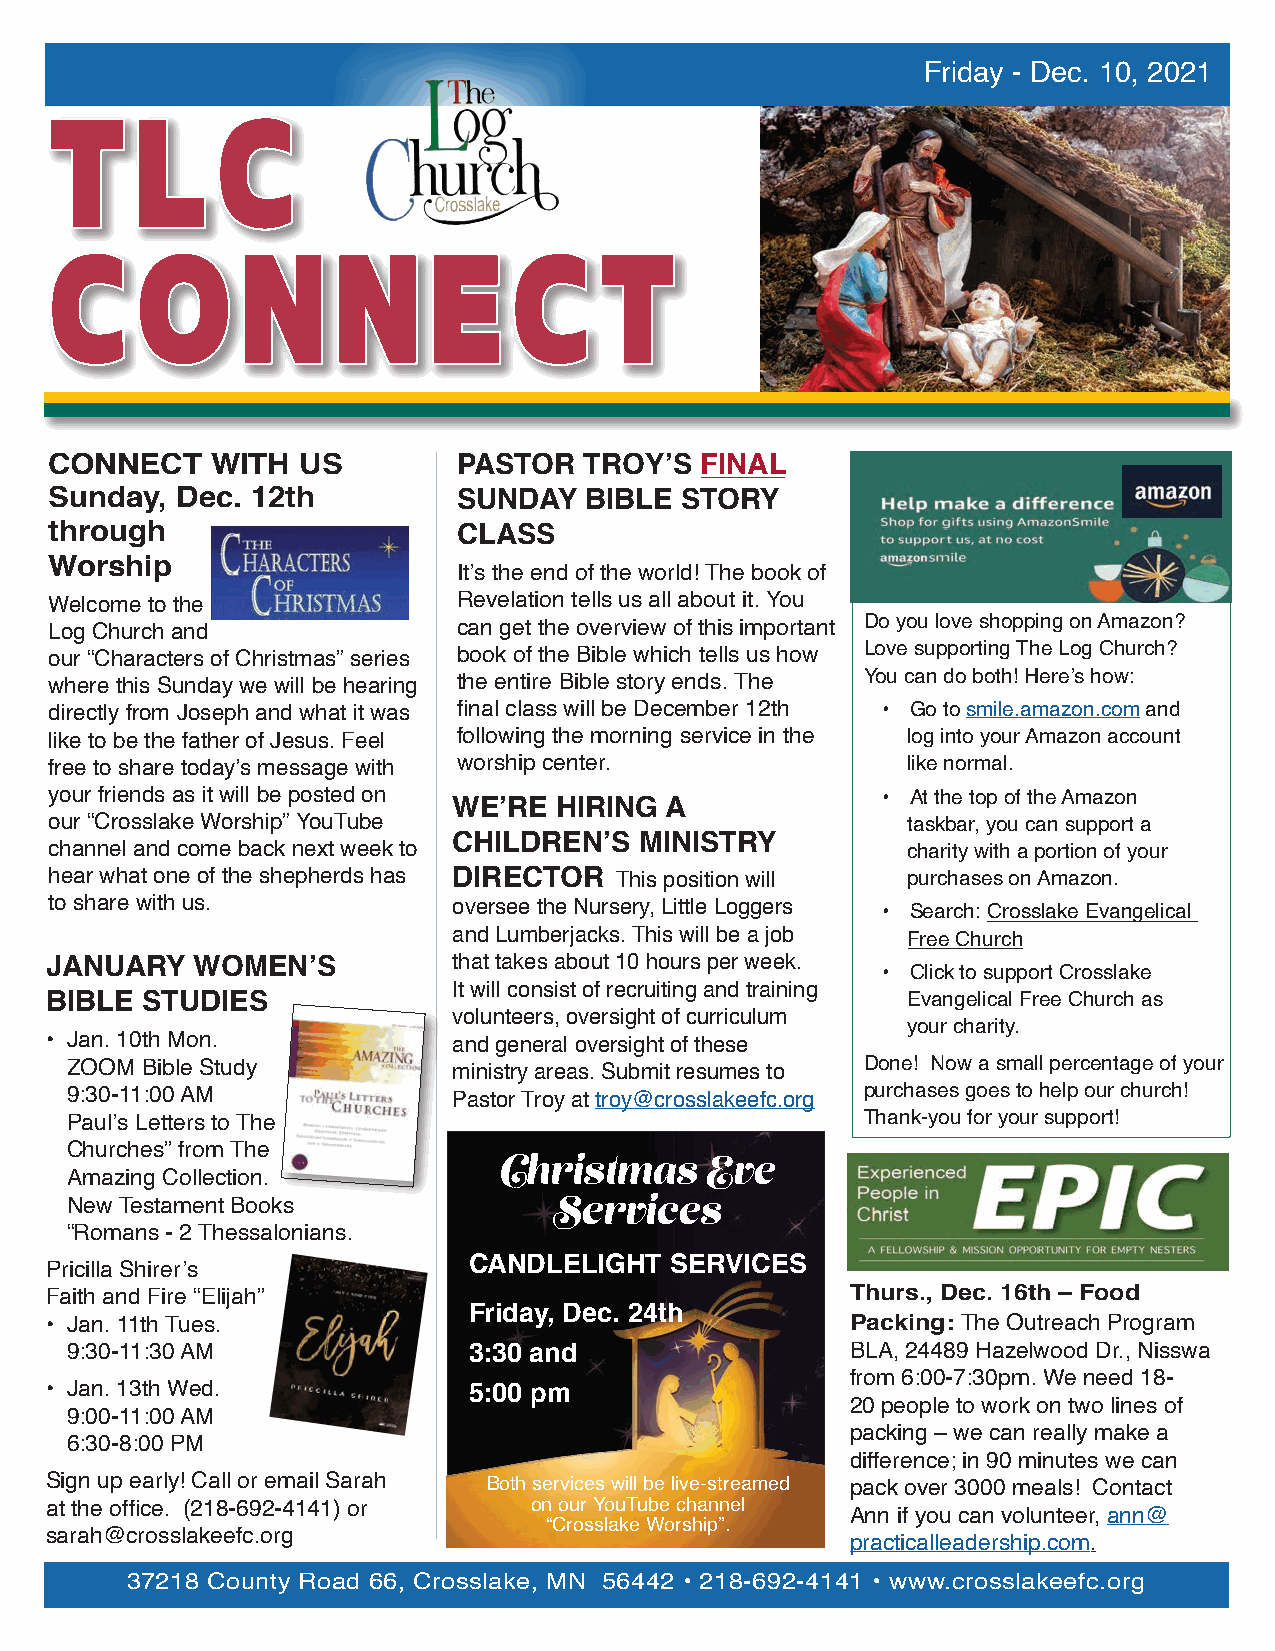
Friday - Dec. 10, 2021
 TT    LL   CC
 CC    OO     NN    NN    EE    CC    TT
 CONNECT    WITH  US        PASTOR   TROY’S FINAL
 Sunday,  Dec. 12th         SUNDAY   BIBLE STORY
 through                    CLASS
 Worship
 It’s the end of the world! The book of
 Welcome to the             Revelation tells us all about it. You
 Log Church and             can get the overview of this important Do you love shopping on Amazon?
 our “Characters of Christmas” series book of the Bible which tells us how Love supporting The Log Church?
 where this Sunday we will be hearing the entire Bible story ends. The You can do both! Here’s how:
 directly from Joseph and what it was final class will be December 12th • Go to smile.amazon.com and
 like to be the father of Jesus. Feel following the morning service in the log into your Amazon account
 free to share today’s message with worship center.       like normal.
 your friends as it will be posted on                   • At the top of the Amazon
 WE’RE  HIRING A
 our “Crosslake Worship” YouTube                          taskbar, you can support a
 CHILDREN’S  MINISTRY
 channel and come back next week to                       charity with a portion of your
 hear what one of the shepherds has DIRECTOR This position will purchases on Amazon.
 to share with us.          oversee the Nursery, Little Loggers • Search: Crosslake Evangelical
 and Lumberjacks. This will be a job Free Church
 JANUARY   WOMEN’S          that takes about 10 hours per week.
 • Click to support Crosslake
 It will consist of recruiting and training
 BIBLE STUDIES                                            Evangelical Free Church as
 volunteers, oversight of curriculum
 your charity.
 • Jan. 10th Mon.           and general oversight of these
 ZOOM Bible Study          ministry areas. Submit resumes to Done! Now a small percentage of your
 9:30-11:00 AM             Pastor Troy at troy@crosslakeefc.org purchases goes to help our church!
 Paul’s Letters to The                                Thank-you for your support!
 Churches” from The
 Christmas     Eve
 Amazing Collection.
 New Testament Books              Services
 “Romans - 2 Thessalonians.
 Pricilla Shirer’s           CANDLELIGHT  SERVICES
 Faith and Fire “Elijah”                              Thurs., Dec. 16th – Food
 Friday, Dec. 24th
 • Jan. 11th Tues.                                    Packing: The Outreach Program
 9:30-11:30 AM              3:30 and                 BLA, 24489 Hazelwood Dr., Nisswa
 from 6:00-7:30pm. We need 18-
 • Jan. 13th Wed.            5:00 pm
 20 people to work on two lines of
 9:00-11:00 AM
 packing – we can really make a
 6:30-8:00 PM
 difference; in 90 minutes we can
 Sign up early! Call or email Sarah Both services will be live-streamed pack over 3000 meals! Contact
 at the office. (218-692-4141) or on our YouTube channel
 Ann if you can volunteer, ann@
 “Crosslake Worship”.
 sarah@crosslakeefc.org
 practicalleadership.com.
 37218 County Road 66, Crosslake, MN 56442 • 218-692-4141 • www.crosslakeefc.org